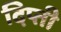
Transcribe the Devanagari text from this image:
दिप्ती